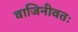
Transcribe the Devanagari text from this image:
वाजिनीवतः